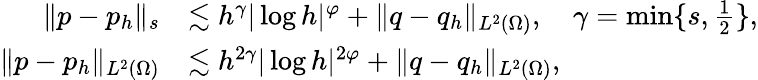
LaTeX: \begin{array}{rl}{\| p-p_{h}\| _{s}}&{\lesssim h^{\gamma}|\log h|^{\varphi}+\| q-q_{h}\| _{L^{2}(\Omega)},\quad\gamma=\operatorname*{min}\{ s,\frac{1}{2}\} ,}\\ {\| p-p_{h}\| _{L^{2}(\Omega)}}&{\lesssim h^{2\gamma}|\log h|^{2\varphi}+\| q-q_{h}\| _{L^{2}(\Omega)},}\end{array}